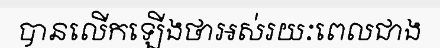
បានលើកឡើងថាអស់រយៈពេលជាង